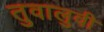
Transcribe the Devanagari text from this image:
तुवालुवी